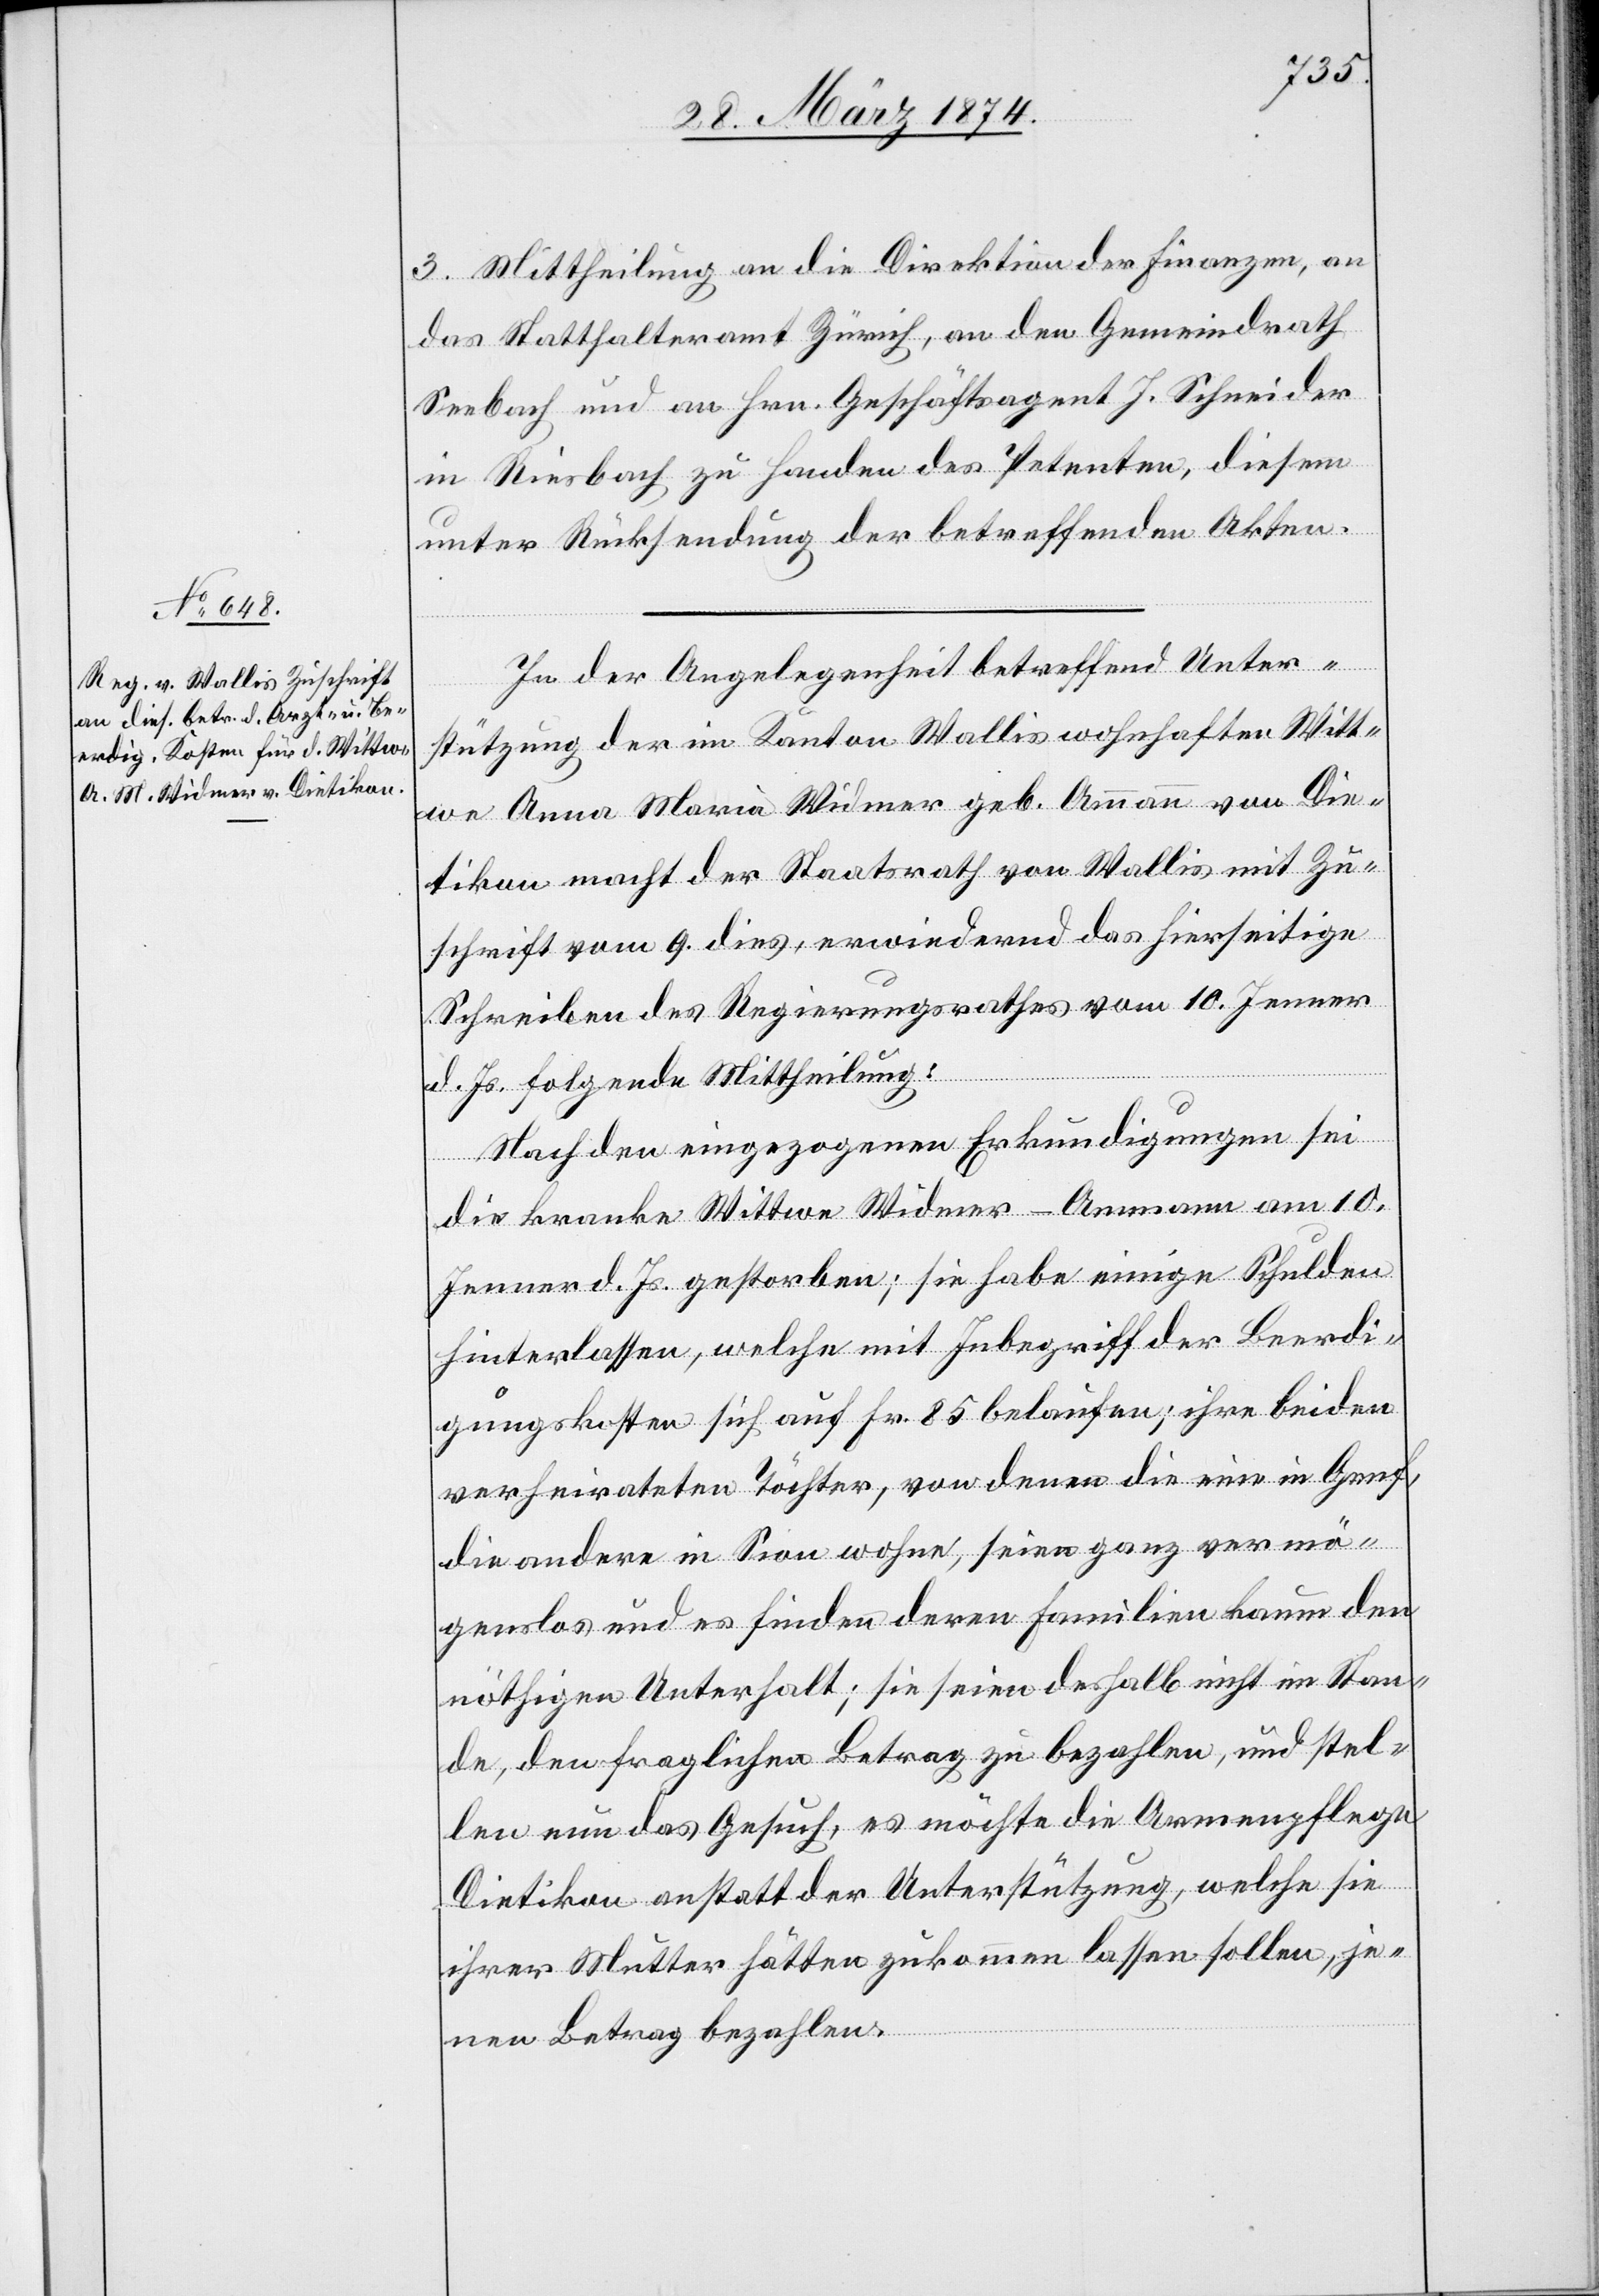
3. Mittheilung an die Direktion der Finanzen, an
das Statthalteramt Zürich, an den Gemeindrath
Seebach und an Hrn. Geschäftsagent J. Schneider
in Riesbach zu Handen des Petenten, diesem
unter Rücksendung der betreffenden Akten.
In der Angelegenheit betreffend Unter¬
stützung der im Kanton Wallis wohnhaften Witt¬
we Anna Maria Widmer geb. Ammann von Die¬
tikon macht der Staatsrath von Wallis mit Zu¬
schrift vom 9. dies, erwiedernd das hierseitige
Schreiben des Regierungsrathes vom 10. Jenner
d. Js. folgende Mittheilung:
Nach den eingezogenen Erkundigungen sei
die kranke Wittwe Widmer-Ammann am 10.
Jenner d. Js. gestorben; sie habe einige Schulden
hinterlassen, welche mit Inbegriff der Beerdi¬
gungskosten sich auf Fr. 85 belaufen; ihre beiden
verheirateten Töchter, von denen die eine in Genf,
die andere in Sion wohne, seien ganz vermö¬
genslos und es finden deren Familien kaum den
nöthigen Unterhalt; sie seien deshalb nicht im Stan¬
de, den fraglichen Betrag zu bezahlen, und stel¬
len nun das Gesuch, es möchte die Armenpflege
Dietikon anstatt der Unterstützung, welche sie
ihrer Mutter hätten zukommen lassen sollen, je¬
nen Betrag bezahlen.